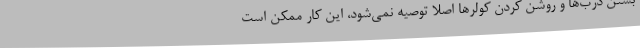
بستن درب‌ها و روشن کردن کولرها اصلا توصیه نمی‌شود، این کار ممکن است